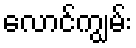
လောင်ကျွမ်း